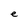
Character: e